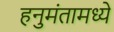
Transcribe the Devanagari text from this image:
हनुमंतामध्ये